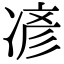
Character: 𫝏